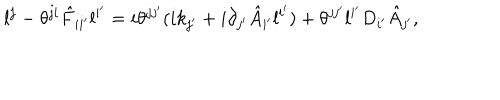
l ^ { j } - \theta ^ { j i } \hat { F } _ { i i ^ { \prime } } l ^ { i ^ { \prime } } = i \theta ^ { j j ^ { \prime } } ( i k _ { j ^ { \prime } } + i \partial _ { j ^ { \prime } } \hat { A } _ { i ^ { \prime } } l ^ { i ^ { \prime } } ) + \theta ^ { j j ^ { \prime } } l ^ { i ^ { \prime } } D _ { i ^ { \prime } } \hat { A } _ { j ^ { \prime } } ,